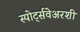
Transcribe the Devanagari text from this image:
स्पोर्ट्सवेअरशी